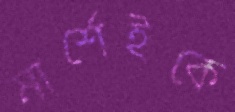
মার্শেইকে